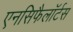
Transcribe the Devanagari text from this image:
एनसिफैलॉर्टस